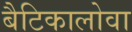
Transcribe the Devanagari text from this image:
बैटिकालोवा